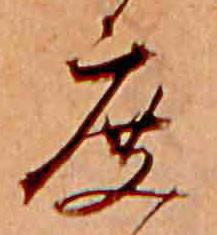
度